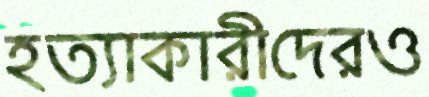
হত্যাকারীদেরও